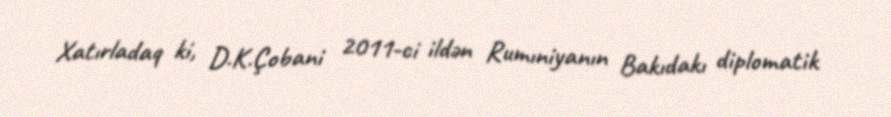
Xatırladaq ki, D.K.Çobani 2011-ci ildən Rumıniyanın Bakıdakı diplomatik